Report on sanitation, dispensaries, and jails in Rajputana for 1920, and on vaccination for the year 1920-1921 - 1920-1921
Year: 1920
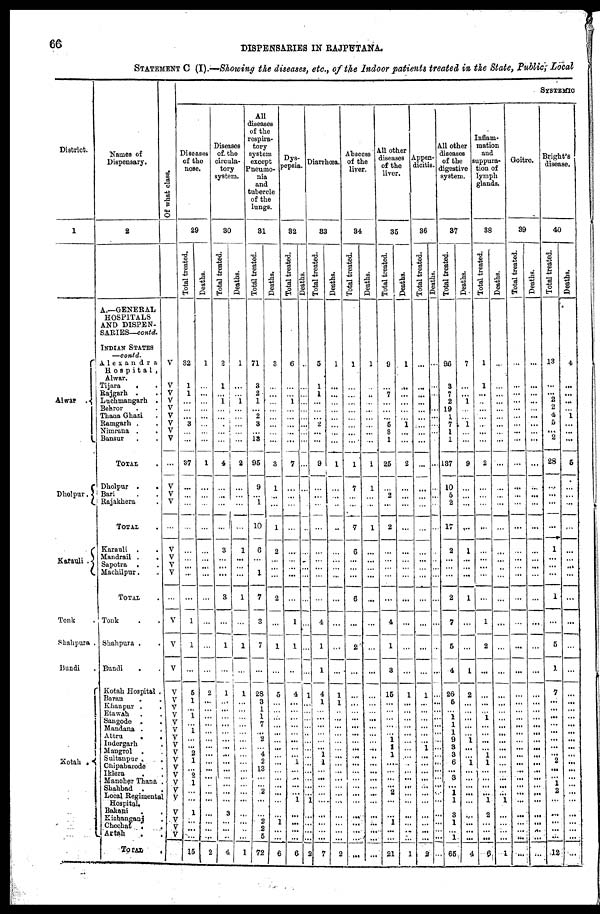
66
DISPENSARIES IN RAJPUTANA.
STATEMENT C (I).—Showing the diseases, etc., of the Indoor patients treated in the State, Public, Local
District.
1
Alwar .
Dholpur.
Karauli .
Tonk
.
Shahpura .
Bundi .
Kotah
Names of
Dispensary.
2
A.—GENERAL
HOSPITALS
AND DISPEN-
SARIES—contd.
INDIAN STATES
—contd.
Alexandra
Hospital,
Alwar.
Tijara . .
Rajgarh . .
Luchmangarh .
Behror . .
Thana Ghazi .
Ramgarh . .
Nimrana . .
Bansur . .
TOTAL .
Dholpur . .
Bari ..
Rajakhera .
TOTAL .
Karauli . .
Mandrail . .
Sapotra . .
Machilpur . .
TOTAL .
Tonk . .
Shahpura . .
Bundi
. .
Kotah Hospital .
Baran . .
Khanpur . .
Etawah . .
Sangode
.
.
Mandana .
.
Attru
.
.
Indergarh .
Mangrol . .
Sultanpur .
.
Chipabarode .
Iklera . .
Manoher Thana .
Shahbad .
.
Local Regimental
Hospital.
Bakani
.
.
Kishanganj
.
Chechat . .
Antah . .
TOTAL
.
Of what class.
V
V
V
V
V
V
V
V
V
...
V
V
V
...
V
V
V
V
...
V
V
V
V
V
V
V
V
V
V
V
V
V
V
V
V
V
V
V
V
V V
...
SYSTEMIC.
Diseases
of the
nose.
29
Total treated.
32
1
1
...
...
...
3
...
...
37
...
...
...
...
...
...
...
...
...
1
1
...
5
1
... 1
...
1
...
...
2
1
...
2
1
...
...
1
...
...
...
15
Deaths.
1
...
...
...
...
...
...
...
...
1
...
...
...
...
...
...
...
...
...
...
...
...
2
...
...
...
...
...
...
...
...
...
...
...
...
...
...
...
...
...
...
2
Diseases
of the
circula-
tory
system.
30
Total treated.
2
1
...
1
...
...
...
...
...
4
...
...
...
. . .
3
...
...
...
3
...
1
...
1
...
... ...
...
...
...
...
...
...
...
...
...
...
...
3
...
...
...
4
Deaths.
1
...
...
1
...
...
...
...
...
2
...
...
...
...
1
...
...
...
1
...
1
...
1
...
...
...
...
...
...
...
...
...
...
...
...
...
...
...
...
...
...
1
All
diseases
of the
respira-
tory
system
except
Pneumo¬
nia
and
tubercle
of the
lungs.
31
Total treated.
71
3
2
1
...
2
3
...
13
95
9
... 1
10
6
...
...
1
7
3
7
...
28
3
1
1
7
... ...
...
4
2
13
...
...
2
...
...
2
2
5
72
Deaths.
3
...
...
...
...
...
...
...
...
3
1
...
...
1
2
...
...
...
2
...
1
...
5
...
...
...
...
...
...
...
...
...
...
...
...
...
...
...
1
...
...
6
Dys¬
pepsia
32
Total treated.
6
...
...
1
...
...
...
...
...
7
...
...
...
...
...
...
...
...
...
1
1
...
4
...
...
...
...
...
...
...
...
1
...
...
...
...
1
...
...
...
...
6
Deaths.
...
...
...
...
...
...
...
...
...
...
...
...
...
...
...
...
...
...
...
...
...
...
1
...
...
...
...
...
...
...
...
...
...
...
...
...
1
...
...
...
...
2
Diarrhœa.
33
Total treated.
5
1
1
...
...
...
2
...
...
9
...
...
...
...
...
...
...
...
...
4
1
1
4
1
...
...
...
...
...
...
1
1
...
...
...
...
...
...
...
...
...
7
Deaths.
1
...
...
...
...
...
...
...
...
1
...
...
...
...
...
...
...
...
...
...
...
...
1
1
...
...
...
...
...
...
...
...
...
...
...
...
...
...
...
... ...
2
Abscess
of the
liver.
34
Total treated.
1
...
...
...
...
...
...
...
...
1
7
...
...
7
6
...
...
...
6
...
2
...
...
...
...
...
...
... ...
...
...
...
...
...
...
...
...
...
...
... ...
...
Deaths.
1
...
...
...
...
...
...
...
...
1
1
...
...
1
...
...
...
...
...
...
...
...
...
...
...
...
...
... ...
...
...
...
...
...
...
...
...
...
...
... ...
...
All other
diseases
of the
liver.
35
Total treated.
9
...
7
...
...
...
5
3
1
25
...
2
...
2
...
...
...
...
...
4
1
3
15
...
...
...
...
... 1
1
1
...
...
...
...
2
...
...
1
...
...
21
Deaths.
1
...
...
...
...
...
1
...
...
2
...
...
...
...
...
...
...
...
...
...
...
...
1
...
...
...
...
...
...
...
...
...
...
...
...
...
...
...
...
... ...
1
Appen¬
dicitis.
36
Total treated.
...
...
...
...
...
...
...
...
...
...
...
...
...
...
...
...
...
...
...
...
...
...
1
...
...
...
...
...
...
1
...
...
...
...
...
...
...
...
...
... ...
2
Deaths.
...
...
...
...
...
...
...
..
...
...
...
...
...
...
...
...
...
...
...
...
...
...
...
...
...
...
...
...
...
...
...
...
...
...
...
...
...
...
...
...
...
...
All other
diseases
of the
digestive
system.
37
Total treated.
96
3
7
2
19
1
7
1
1
137
10
5
2
17
2
...
...
...
2
7
5
4
26
5
...
1
1
1
9
3
3
6
... 3
...
1
1
3
1
... 1
65
Deaths.
7
...
...
1
...
...
1
...
...
9
...
...
...
...
1
...
...
...
1
...
...
1
2
...
...
...
...
... 1
...
...
1
...
...
...
...
...
...
...
...
...
4
Inflam-
mation
and
suppura¬
tion of
lymph
glands.
38
Total treated.
1
1
...
...
...
...
...
...
...
2
...
...
...
...
...
...
...
...
...
1
2
...
...
...
... 1
...
...
...
...
1
1
...
...
...
...
1
2
...
...
...
6
Deaths.
...
...
...
...
...
...
...
...
...
...
...
...
...
...
...
...
...
...
...
...
...
...
...
...
...
...
...
... ...
...
...
...
...
...
...
...
1
...
...
... ...
1
Goitre.
39
Total treated.
...
...
...
...
...
...
...
...
...
...
...
...
...
...
...
...
...
...
...
...
...
...
...
...
... ...
...
...
...
...
...
...
...
...
...
...
...
...
...
...
...
...
Deaths.
...
...
...
...
...
...
...
...
...
...
...
...
...
...
...
...
...
...
...
...
...
...
...
...
...
...
...
...
...
...
...
...
...
...
...
...
...
...
...
...
...
...
Bright's
disease.
40
Total treated.
13
...
...
2
2
4
5
...
2
28
...
...
...
...
1
...
...
...
1
...
5
1
7
...
...
...
...
...
...
...
...
2
...
...
1
2
...
...
...
... ...
12
Deaths.
4
...
...
...
...
1
...
...
...
5
...
...
...
...
...
...
...
...
...
...
...
...
...
...
...
...
...
...
...
...
...
...
...
...
...
...
...
...
...
...
...
...